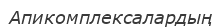
Апикомплексалардың